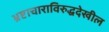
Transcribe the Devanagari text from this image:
भ्रष्टाचाराविरुद्धदेखील